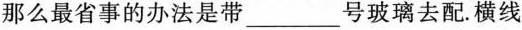
那么最省事的办法是带___号玻璃去配。横线